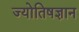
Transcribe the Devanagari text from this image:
ज्योतिषज्ञान